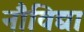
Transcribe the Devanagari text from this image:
नौविद्या